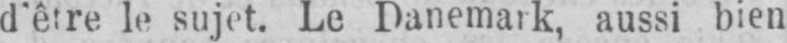
d’être le sujet. Le Danemark, aussi bien